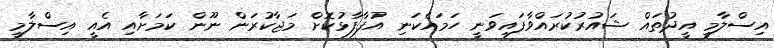
އިސްލާމީ އީދުތައް ޝައުރުކުރައްވާފައިވަނީ ހަމައެކަނި އުފާފާޅުކޮށް މަޖާކުރަން ނޫން ކަމަށާއި އެއީ އިސްލާމީ